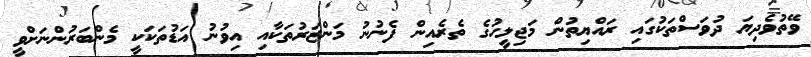
ވޭތުވެދިޔަ ދުވަސްތަކުގައި ރައްޔިތުން މަޖިލީހުގެ ތެރެއިން ފެނުނު މަންޒަރުތަކާއި އިވުނު އަޑުތަކަކީ މެންބަރުންނަށްވީ